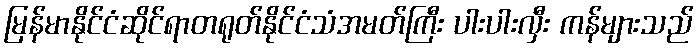
မြန်မာနိုင်ငံဆိုင်ရာတရုတ်နိုင်ငံသံအမတ်ကြီး ပါးပါးလှီး ကန်များသည်